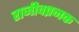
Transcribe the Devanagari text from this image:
राजीवप्रजक